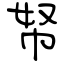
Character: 帑